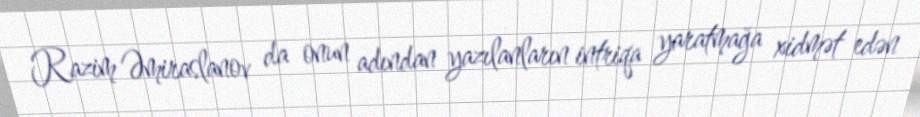
Razim Əmiraslanov da onun adından yazılanların intriqa yaratmağa xidmət edən